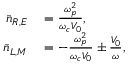
\begin{array} { r l } { \bar { n } _ { R , E } } & { { } = \frac { \omega _ { p } ^ { 2 } } { \omega _ { c } V _ { 0 } } , } \\ { \bar { n } _ { L , M } } & { { } = - \frac { \omega _ { p } ^ { 2 } } { \omega _ { c } V _ { 0 } } \pm \frac { V _ { 0 } } { \omega } , } \end{array}